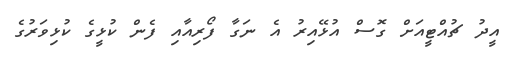
އީދު ޗުއްޓީއަށް ގޮސް އުޅޭއިރު އެ ނަގާ ފޯރިއާއި ފެން ކުޅީގެ ކުޅިވަރުގެ